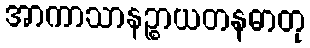
အာကာသာနဉ္စာယတနဓာတု